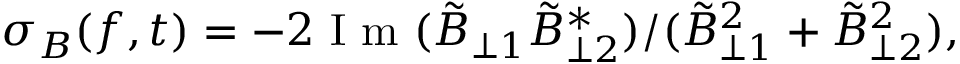
\begin{array} { r } { \sigma _ { B } ( f , t ) = - 2 \mathrm { ~ I ~ m ~ } ( \tilde { B } _ { \perp 1 } \tilde { B } _ { \perp 2 } ^ { * } ) / ( \tilde { B } _ { \perp 1 } ^ { 2 } + \tilde { B } _ { \perp 2 } ^ { 2 } ) , } \end{array}